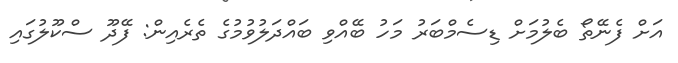
އަށް ފެނޭތޯ ބެލުމަށް ޑިސެމްބަރު މަހު ބޭއްވި ބައްދަލުވުމުގެ ތެރެއިން: ފޭދޫ ސްކޫލުގައި